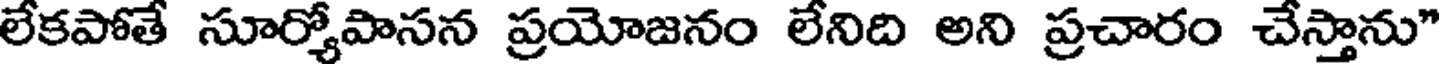
లేకపోతే సూర్యోపాసన ప్రయోజనం లేనిది అని ప్రచారం చేస్తాను"